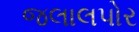
જલાલપોર